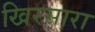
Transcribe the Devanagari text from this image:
खिरसारा